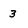
Character: 3